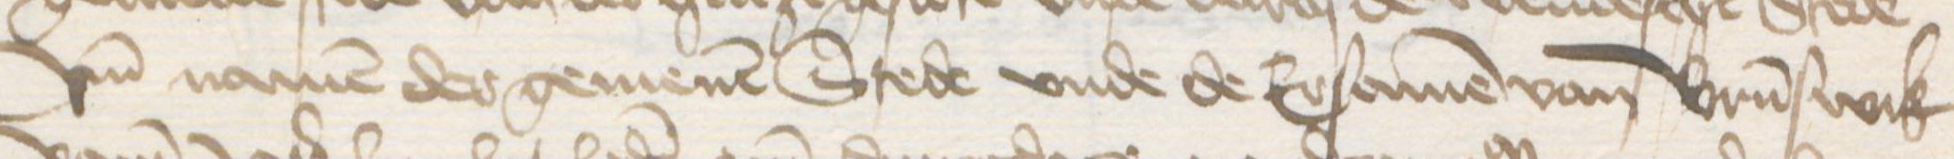
vnd namen der gemenen Stede vnde de Ersamen van Brunswik